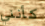
كأنني